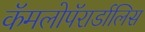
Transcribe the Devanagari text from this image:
कॅमलोपॅरार्डालिस